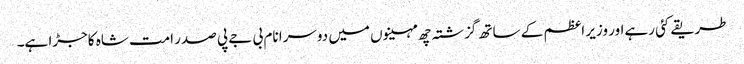
طریقے کئی رہےاور وزیر اعظم کے ساتھ گزشتہ چھ مہینوں میں دوسرا نام بی جے پی صدر امت شاہ کاجڑا ہے۔